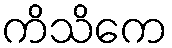
ကိသိကေ